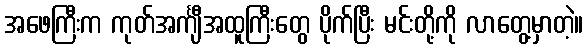
အဖေကြီးက ကုတ်အင်္ကျီအထူကြီးတွေ ပိုက်ပြီး မင်းတို့ကို လာတွေ့မှာတဲ့။